Vaccination returns of the Province of Eastern Bengal and Assam - 1905-1912
Year: 1905
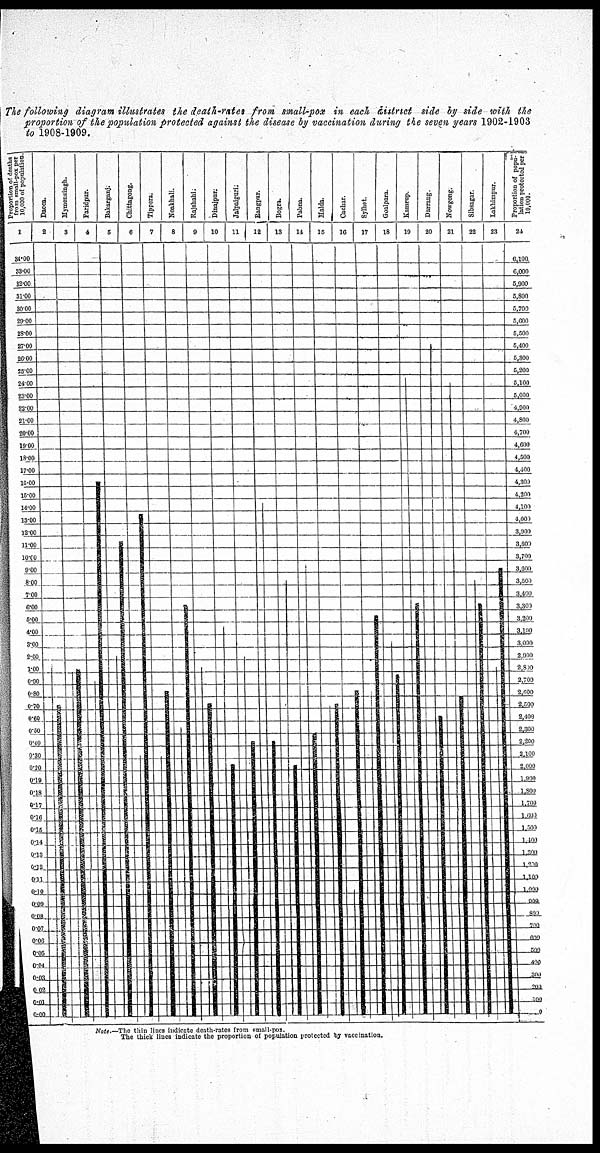
The following diagram illustrates the death-rates from small-pox in each district side by side with the
proportion of the population protected against the disease by vaccination during the seven years 1902-1903
to 1908-1909.
Note.—The thin lines indicate death-rates from small-pox.
The thick lines indicate the proportion of population protected by vaccination.